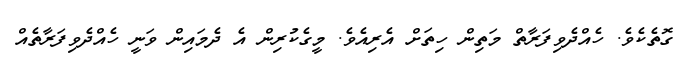
ގޮތެކެވެ. ހެއްދެވިފަރާތް މަތިން ހިތަށް އެރިއެވެ. މީގެކުރިން އެ ދެމައިން ވަނީ ހެއްދެވިފަރާތެއް